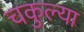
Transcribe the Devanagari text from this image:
चकुल्या